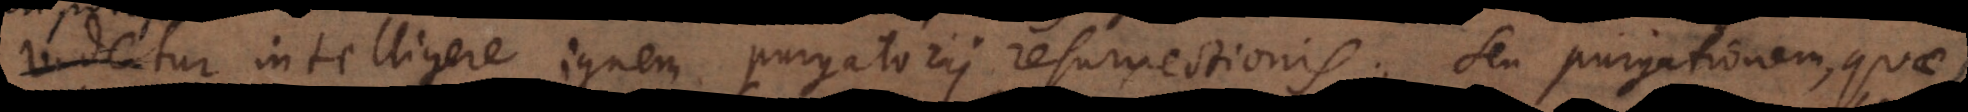
potest intelligere ignem purgatorii resurrectionis, seu purgationem, quae